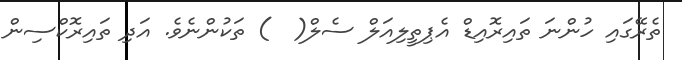
ތެރޭގައި ހުންނަ ތައިރޮއިޑް އެޕިތީލިއަލް ސެލް(  ) ތަކުންނެވެ. އަދި ތައިރޮކްސިން